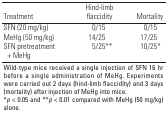
<table><thead><tr><td><b>Treatment</b></td><td></td><td><b>Hind-limb flaccidity</b></td><td></td><td><b>Mortality</b></td></tr></thead><tbody><tr><td>SFN (20 mg/kg)</td><td></td><td>0/15</td><td></td><td>0/15</td></tr><tr><td>MeHg (50 mg/kg)</td><td></td><td>14/25</td><td></td><td>17/25</td></tr><tr><td>SFN pretreatment + MeHg</td><td></td><td>5/25**</td><td></td><td>10/25*</td></tr><tr><td colspan="5">Wild-type mice received a single injection of SFN 16 hr before a single administration of MeHg. Experiments were carried out 2 days (hind-limb flaccidity) and 3 days (mortality) after injection of MeHg into mice. *<i>p</i> &lt; 0.05 and **<i>p</i> &lt; 0.01 compared with MeHg (50 mg/kg) alone. </td></tr></tbody></table>